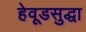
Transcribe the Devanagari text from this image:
हेवूडसुद्धा